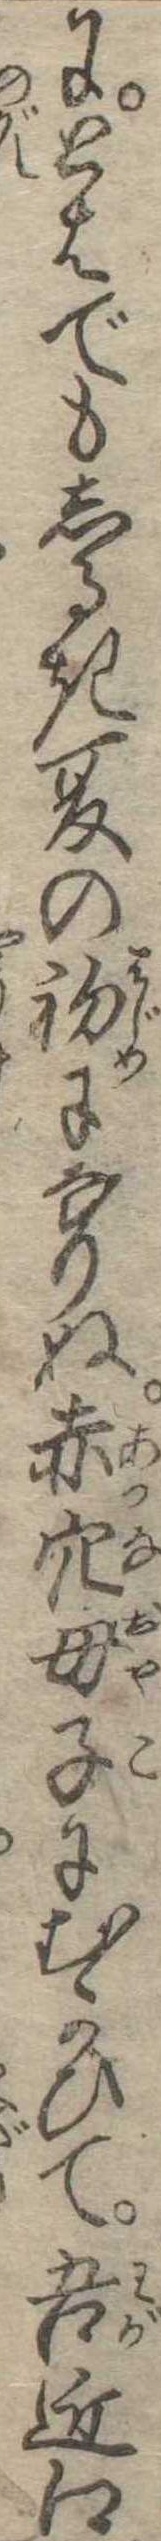
にとはでもしるき夏の初になりぬ赤穴母子にむかひて吾近江